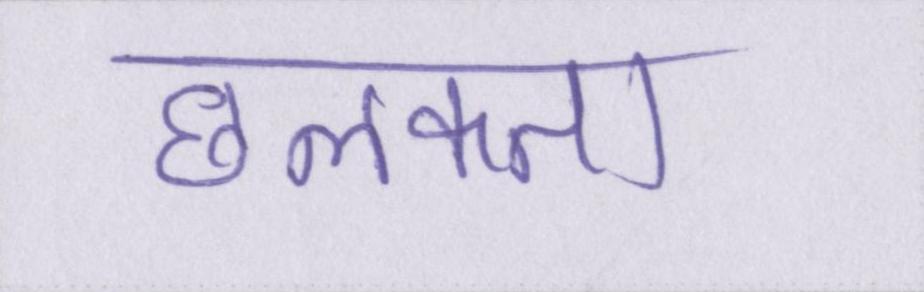
छलकता